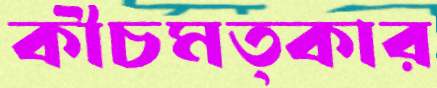
কীচমত্কার